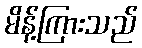
မိန့်ကြားသည်